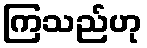
ကြသည်ဟု